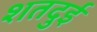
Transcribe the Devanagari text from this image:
शतदुई